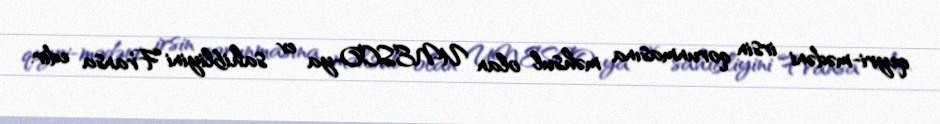
qeyri-mədəni irsin qorunmasına məhsul olan UNESCO-ya ev sahibliyini Fransa edir.